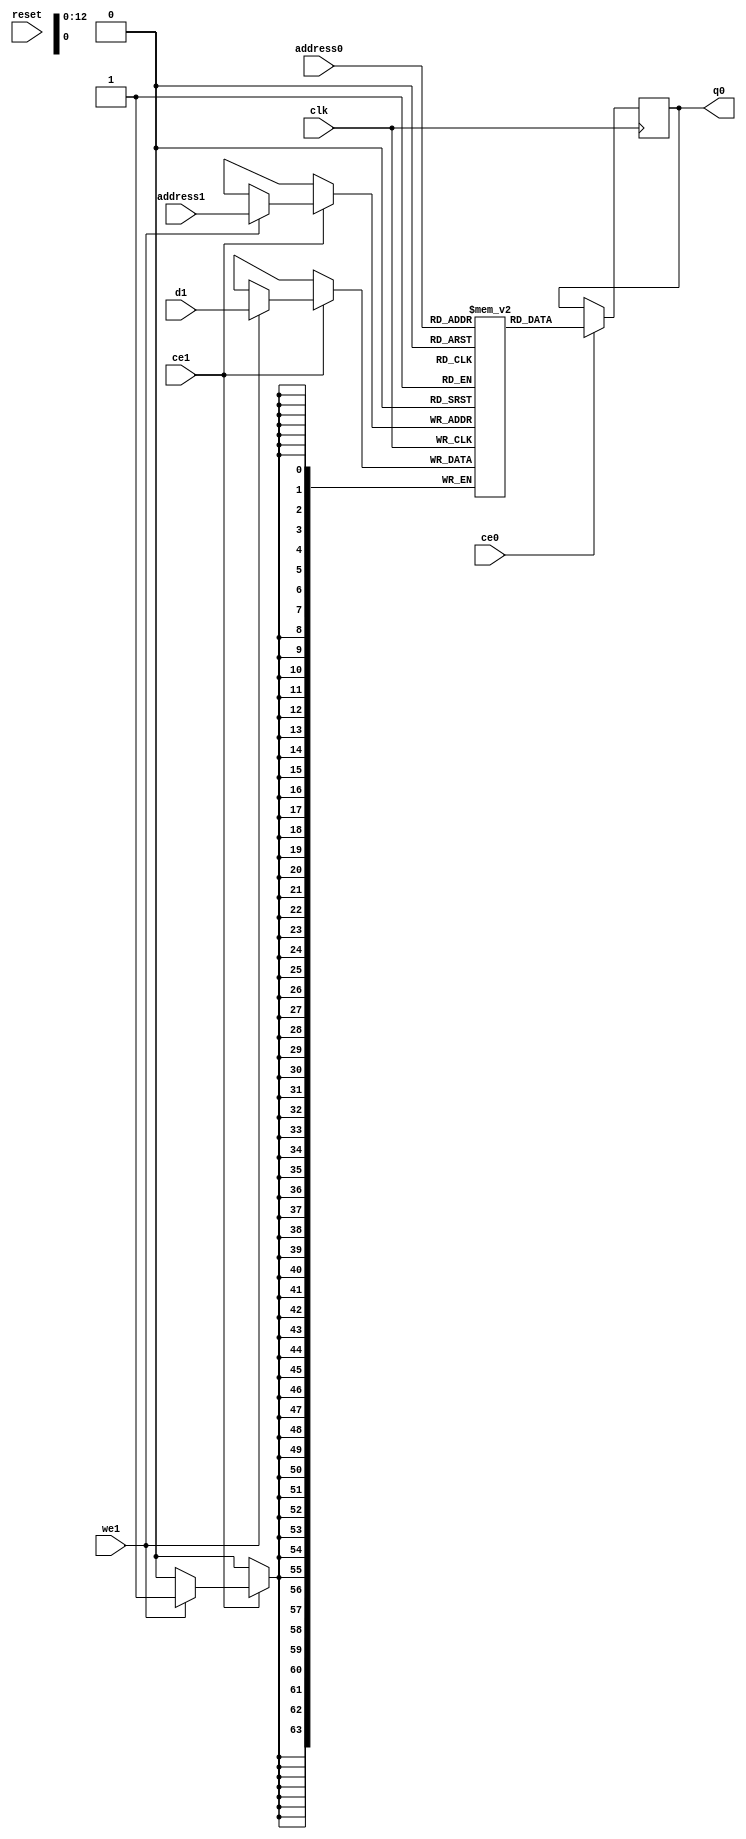
// ==============================================================
// Vitis HLS - High-Level Synthesis from C, C++ and OpenCL v2022.2 (64-bit)
// Version: 2022.2
// Copyright 1986-2022 Xilinx, Inc. All Rights Reserved.
// ==============================================================
`timescale 1 ns / 1 ps
module PEG_Cmtx_local_C_V_RAM_2P_URAM_1R1W (

    address0, ce0,

    q0,

    address1, ce1,
    d1, we1,


    reset, clk);

parameter DataWidth = 64;
parameter AddressWidth = 13;
parameter AddressRange = 8192;

input[AddressWidth-1:0] address0;
input ce0;

output reg[DataWidth-1:0] q0;

input[AddressWidth-1:0] address1;
input ce1;
input[DataWidth-1:0] d1;
input we1;


input reset;
input clk;

(* ram_style = "hls_ultra" , cascade_height = 1 *)reg [DataWidth-1:0] ram[0:AddressRange-1];






always @(posedge clk)
begin
    if (ce0) begin
        q0 <= ram[address0];
    end
end




always @(posedge clk)
begin
    if (ce1) begin
        if (we1)
            ram[address1] <= d1;
    end
end






endmodule